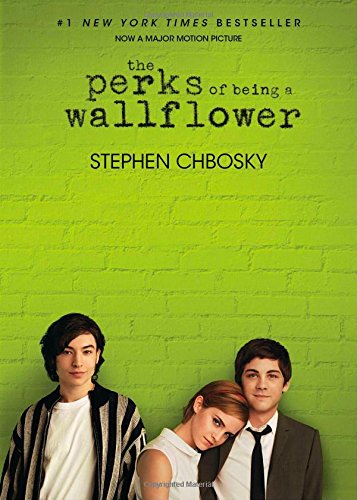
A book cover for The Perks of Being a Wallflower; Stephen Chbosky; Literature & Fiction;